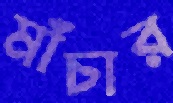
মাঁচার